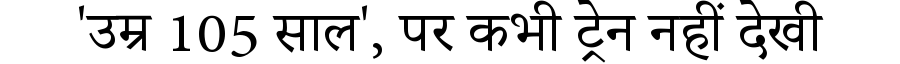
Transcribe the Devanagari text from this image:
'उम्र 105 साल', पर कभी ट्रेन नहीं देखी